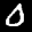
Label: 0